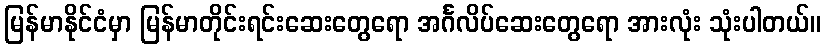
မြန်မာနိုင်ငံမှာ မြန်မာတိုင်းရင်းဆေးတွေရော အင်္ဂလိပ်ဆေးတွေရော အားလုံး သုံးပါတယ်။